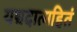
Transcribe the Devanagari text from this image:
यद्यदात्महितं